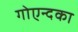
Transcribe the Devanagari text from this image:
गोएन्दका